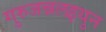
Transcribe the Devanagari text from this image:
गुरुजन्नलइयुन